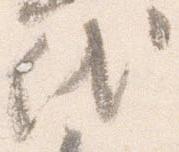
代